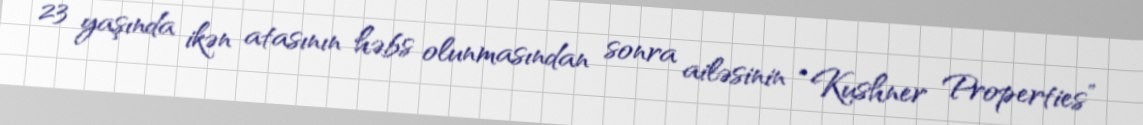
23 yaşında ikən atasının həbs olunmasından sonra ailəsinin “Kushner Properties”